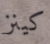
كينز